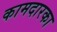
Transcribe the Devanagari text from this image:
कामदारका